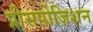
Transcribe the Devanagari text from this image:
प्रीसपोज़िशन